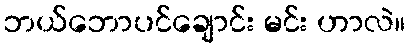
ဘယ်ဘောပင်ချောင်း မင်း ဟာလဲ။